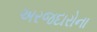
અરજદારોના